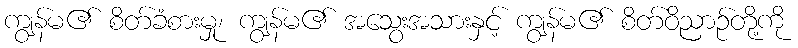
ကျွန်မ၏ စိတ်ခံစားမှု၊ ကျွန်မ၏ အသွေးအသားနှင့် ကျွန်မ၏ စိတ်ဝိညာဉ်တို့ကို